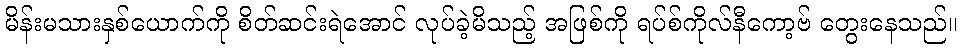
မိန်းမသားနှစ်ယောက်ကို စိတ်ဆင်းရဲအောင် လုပ်ခဲ့မိသည့် အဖြစ်ကို ရပ်စ်ကိုလ်နီကော့ဗ် တွေးနေသည်။